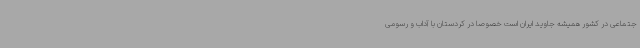
جتماعی در کشور همیشه جاوید ایران است خصوصاً در کردستان با آداب و رسومی